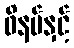
ဖိနပ်နှင့်